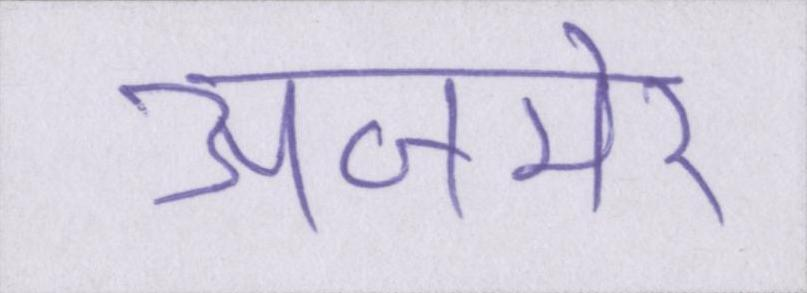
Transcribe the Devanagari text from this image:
अजमेर